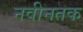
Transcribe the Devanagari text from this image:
नवीनतक